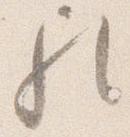
歟